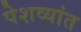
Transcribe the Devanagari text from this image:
पेशव्यांत